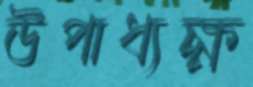
উপাধ্যক্ষ